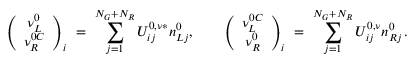
\left( \begin{array} { c } { { \nu _ { L } ^ { 0 } } } \\ { { \nu _ { R } ^ { 0 C } } } \end{array} \right) _ { i } \ = \ \sum _ { j = 1 } ^ { N _ { G } + N _ { R } } U _ { i j } ^ { 0 , \nu * } n _ { L j } ^ { 0 } , \qquad \left( \begin{array} { c } { { \nu _ { L } ^ { 0 C } } } \\ { { \nu _ { R } ^ { 0 } } } \end{array} \right) _ { i } \ = \ \sum _ { j = 1 } ^ { N _ { G } + N _ { R } } U _ { i j } ^ { 0 , \nu } n _ { R j } ^ { 0 } \, .